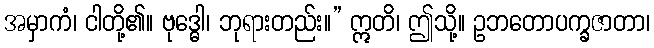
အမှာကံ၊ ငါတို့၏။ ဗုဒ္ဓေါ၊ ဘုရားတည်း။” ဣတိ၊ ဤသို့။ ဥဘတောပက္ခဇာတာ၊